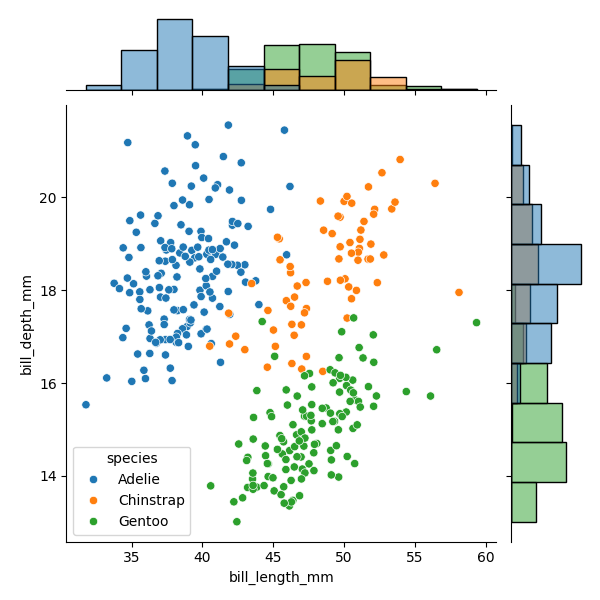
python, seaborn, JointGrid, scatterplot, histplot, hue